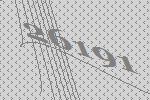
26191